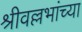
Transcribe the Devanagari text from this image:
श्रीवल्लभांच्या